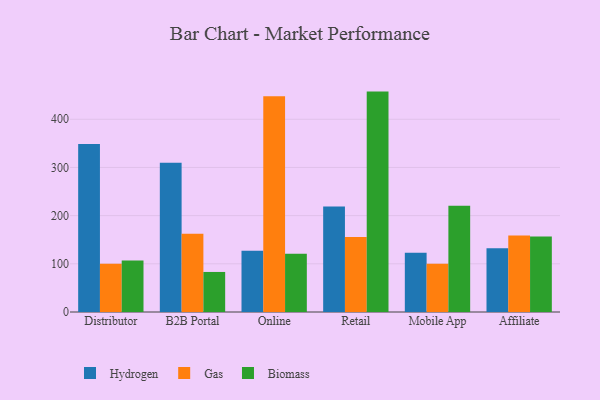
{"axis": {"x": "Channel", "y": "Production Output"}, "legend": ["Biomass", "Gas", "Hydrogen"], "data": [{"x": "Distributor", "y": 348.4, "type": "Hydrogen"}, {"x": "Distributor", "y": 100.0, "type": "Gas"}, {"x": "Distributor", "y": 107.1, "type": "Biomass"}, {"x": "B2B Portal", "y": 309.9, "type": "Hydrogen"}, {"x": "B2B Portal", "y": 162.5, "type": "Gas"}, {"x": "B2B Portal", "y": 83.1, "type": "Biomass"}, {"x": "Online", "y": 127.3, "type": "Hydrogen"}, {"x": "Online", "y": 447.7, "type": "Gas"}, {"x": "Online", "y": 121.1, "type": "Biomass"}, {"x": "Retail", "y": 218.9, "type": "Hydrogen"}, {"x": "Retail", "y": 155.9, "type": "Gas"}, {"x": "Retail", "y": 457.4, "type": "Biomass"}, {"x": "Mobile App", "y": 122.9, "type": "Hydrogen"}, {"x": "Mobile App", "y": 100.2, "type": "Gas"}, {"x": "Mobile App", "y": 220.6, "type": "Biomass"}, {"x": "Affiliate", "y": 132.1, "type": "Hydrogen"}, {"x": "Affiliate", "y": 158.6, "type": "Gas"}, {"x": "Affiliate", "y": 156.5, "type": "Biomass"}]}